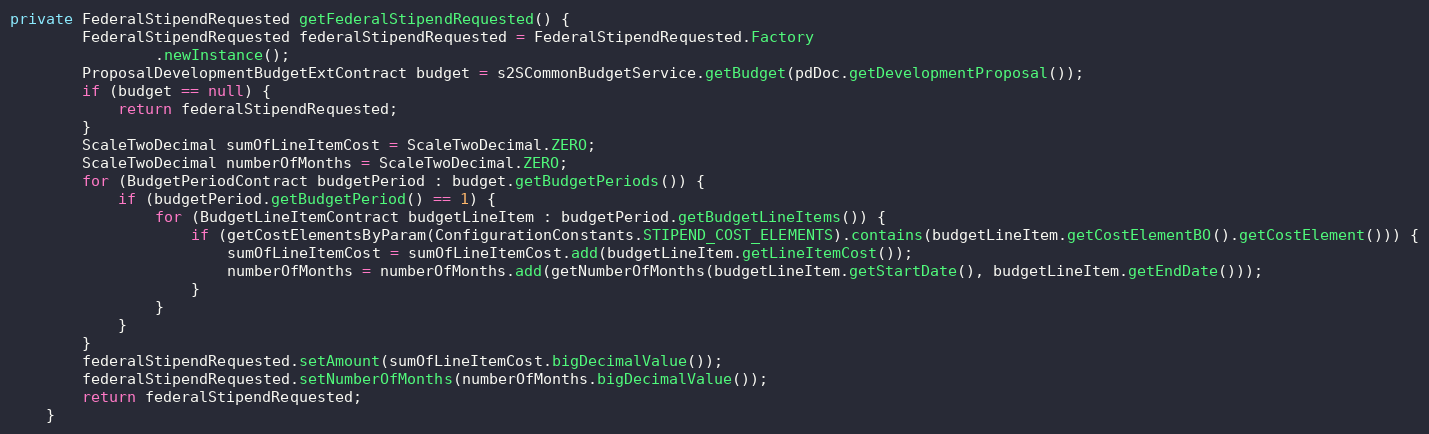
Language: Java
private FederalStipendRequested getFederalStipendRequested() {
		FederalStipendRequested federalStipendRequested = FederalStipendRequested.Factory
				.newInstance();
        ProposalDevelopmentBudgetExtContract budget = s2SCommonBudgetService.getBudget(pdDoc.getDevelopmentProposal());
		if (budget == null) {
			return federalStipendRequested;
		}
		ScaleTwoDecimal sumOfLineItemCost = ScaleTwoDecimal.ZERO;
		ScaleTwoDecimal numberOfMonths = ScaleTwoDecimal.ZERO;
		for (BudgetPeriodContract budgetPeriod : budget.getBudgetPeriods()) {
			if (budgetPeriod.getBudgetPeriod() == 1) {
				for (BudgetLineItemContract budgetLineItem : budgetPeriod.getBudgetLineItems()) {
					if (getCostElementsByParam(ConfigurationConstants.STIPEND_COST_ELEMENTS).contains(budgetLineItem.getCostElementBO().getCostElement())) {
						sumOfLineItemCost = sumOfLineItemCost.add(budgetLineItem.getLineItemCost());
						numberOfMonths = numberOfMonths.add(getNumberOfMonths(budgetLineItem.getStartDate(), budgetLineItem.getEndDate()));
					}
				}
			}
		}
		federalStipendRequested.setAmount(sumOfLineItemCost.bigDecimalValue());
		federalStipendRequested.setNumberOfMonths(numberOfMonths.bigDecimalValue());
		return federalStipendRequested;
	}